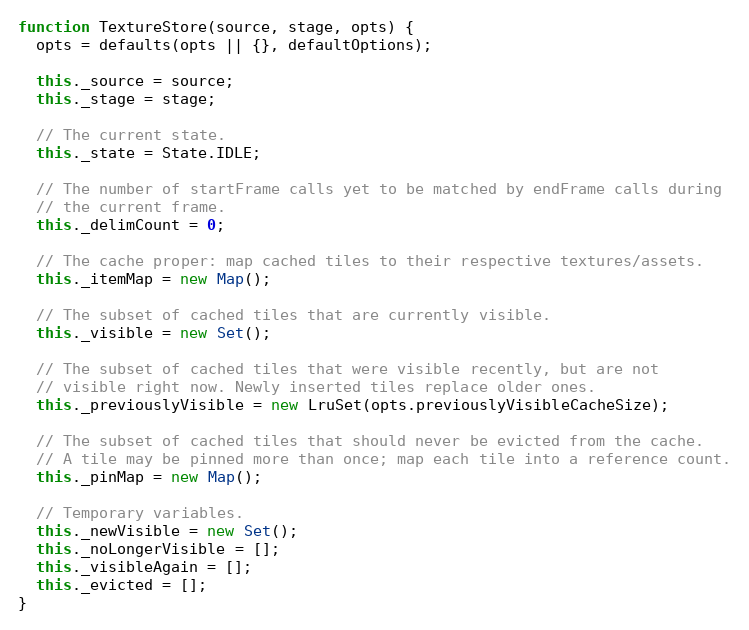
Language: JavaScript
function TextureStore(source, stage, opts) {
  opts = defaults(opts || {}, defaultOptions);

  this._source = source;
  this._stage = stage;

  // The current state.
  this._state = State.IDLE;

  // The number of startFrame calls yet to be matched by endFrame calls during
  // the current frame.
  this._delimCount = 0;

  // The cache proper: map cached tiles to their respective textures/assets.
  this._itemMap = new Map();

  // The subset of cached tiles that are currently visible.
  this._visible = new Set();

  // The subset of cached tiles that were visible recently, but are not
  // visible right now. Newly inserted tiles replace older ones.
  this._previouslyVisible = new LruSet(opts.previouslyVisibleCacheSize);

  // The subset of cached tiles that should never be evicted from the cache.
  // A tile may be pinned more than once; map each tile into a reference count.
  this._pinMap = new Map();

  // Temporary variables.
  this._newVisible = new Set();
  this._noLongerVisible = [];
  this._visibleAgain = [];
  this._evicted = [];
}